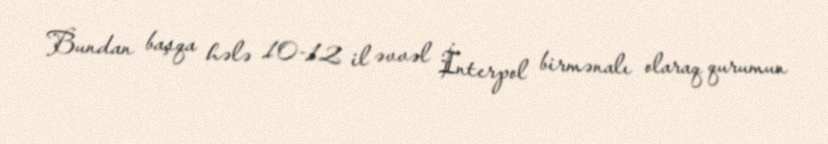
Bundan başqa hələ 10-12 il əvvəl İnterpol birmənalı olaraq qurumun